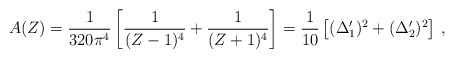
\begin{align*}A(Z) = {1\over 320\pi^4} \left[ {1\over (Z-1)^4} + {1\over (Z+1)^4} \right] = {1\over 10}\left[ (\Delta_1 ')^2 + (\Delta_2 ')^2 \right]\,,\end{align*}